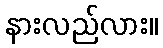
နားလည်လား။